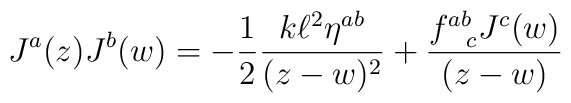
J^{a}(z)J^{b}(w)  = -\frac{1}{2}\frac{k \ell ^{2} \eta ^{ab}}{(z-w)^{2}}   +\frac{f^{ab}_{~~c}J^{c}(w)}{(z-w)}